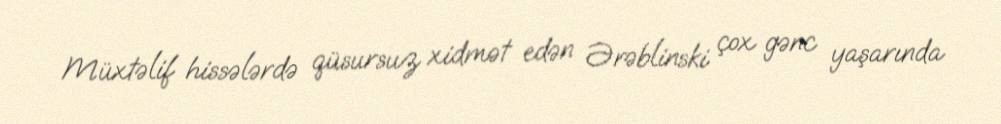
Müxtəlif hissələrdə qüsursuz xidmət edən Ərəblinski çox gənc yaşarında